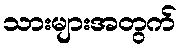
သားများအတွက်